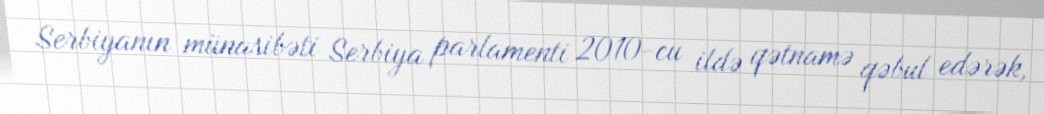
Serbiyanın münasibəti Serbiya parlamenti 2010-cu ildə qətnamə qəbul edərək,